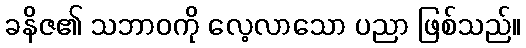
ခနိဇ၏ သဘာဝကို လေ့လာသော ပညာ ဖြစ်သည်။